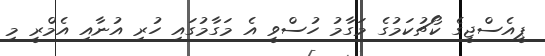
ޕީއެސްޖީގެ ކޯޗުކަމުގެ މަގާމު ހުސްވީ އެ މަގާމުގައި ހުރި އުނާއި އެމްރީ މި